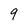
Character: 9